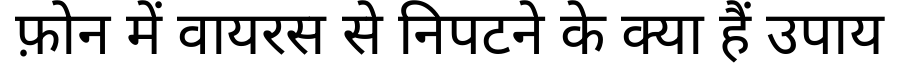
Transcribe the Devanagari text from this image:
फ़ोन में वायरस से निपटने के क्या हैं उपाय